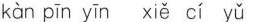
kàn pīn yīn xiě cí yǔ